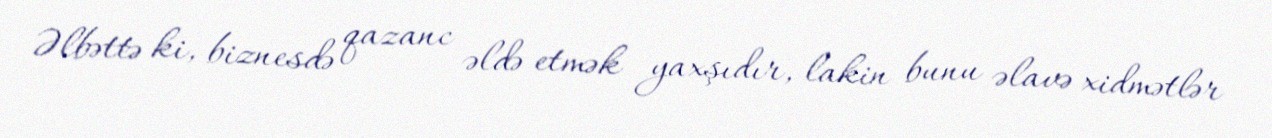
Əlbəttə ki, biznesdə qazanc əldə etmək yaxşıdır, lakin bunu əlavə xidmətlər